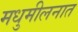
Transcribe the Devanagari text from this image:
मधुमीलनात